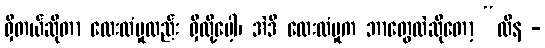
ရှိတယ်ဆိုတာ လေးလံမှုလည်း ရှိလို့ပေါ့၊ အဲဒီ လေးလံမှုက ဘာတွေလဲဆိုတော့ “ထိန -